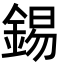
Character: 錫